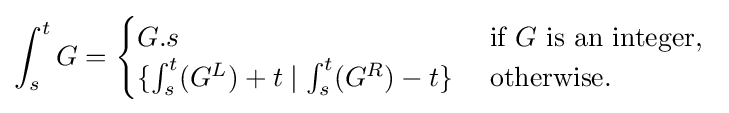
\int _{s}^{t}G={\begin{cases}G.s&{\text{ if }}G{\text{ is an integer, }}\\\{\int _{s}^{t}(G^{L})+t\mid \int _{s}^{t}(G^{R})-t\}&{\text{ otherwise. }}\end{cases}}